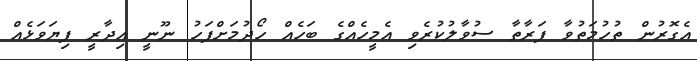
އެގޮރުން ތުހުމަތުވާ ފަރާތާ ސުވާލުކުރެވި އެމީހެއްގެ ބަހެއް ހޯދުމަށްފަހު ނޫނީ އިދާރީ ފިޔަވަޅެއް